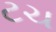
ટચ